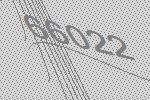
66022